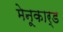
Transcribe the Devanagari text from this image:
मेनूकार्ड